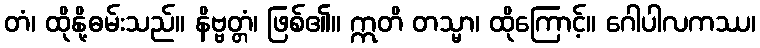
တံ၊ ထိုနို့ဓမ်းသည်။ နိဗ္ဗတ္တံ၊ ဖြစ်၏။ ဣတိ တသ္မာ၊ ထိုကြောင့်။ ဂေါပါလကဿ၊